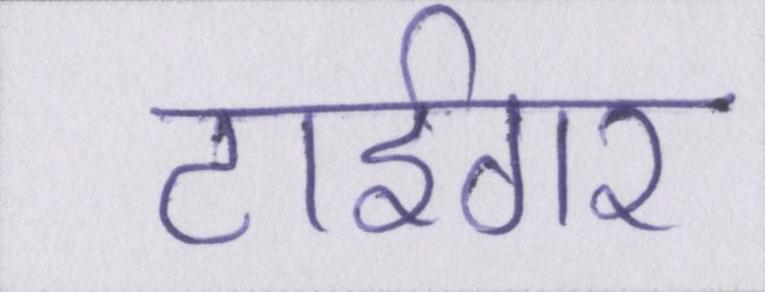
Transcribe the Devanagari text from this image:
टाईगर